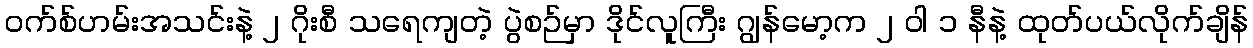
၀က်စ်ဟမ်းအသင်းနဲ့ ၂ ဂိုးစီ သရေကျတဲ့ ပွဲစဉ်မှာ ဒိုင်လူကြီး ဂျွန်မော့က ၂ ဝါ ၁ နီနဲ့ ထုတ်ပယ်လိုက်ချိန်